Annual report of the Imperial Bacteriological Laboratory, Muktesar
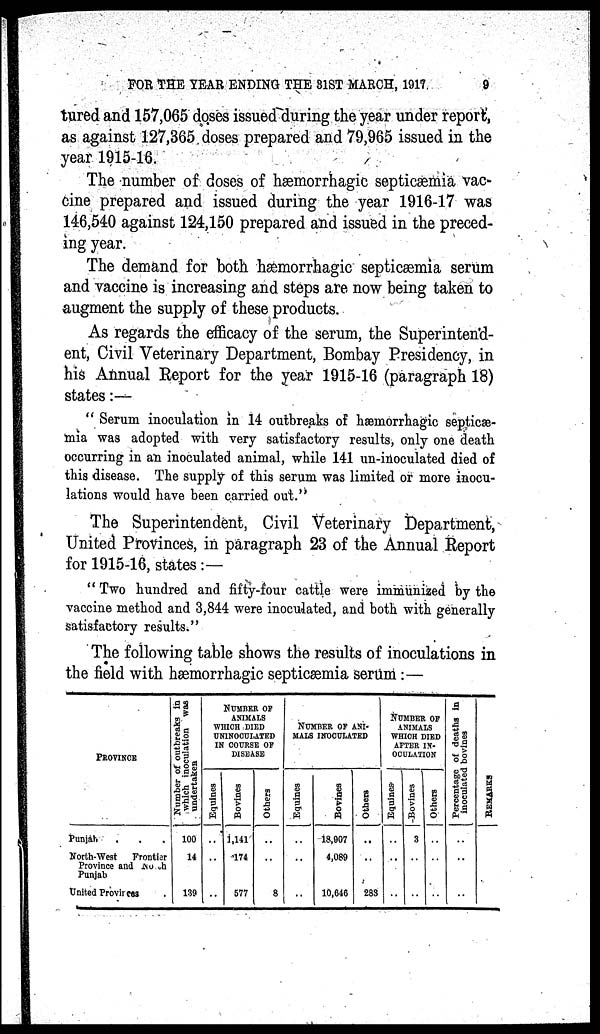
FOR THE YEAR ENDING THE 31ST MARCH, 1917
9
tured and 157,065 doses issued during the year under report,
as against 127,365 doses prepared and 79,965 issued in the
year 1915-16.
The number of doses of hæmorrhagic septicæmia vac-
cine prepared and issued during the year 1916-17 was
146,540 against 124,150 prepared and issued in the preced-
ing year.
The demand for both hæmorrhagic septicæmia serum
and vaccine is increasing and steps are now being taken to
augment the supply of these products.
As regards the efficacy of the serum, the Superintend-
ent, Civil Veterinary Department, Bombay Presidency, in
his Annual Report for the year 1915-16 (paragraph 18)
states:—
" Serum inoculation in 14 outbreaks of hæmorrhagic septicæ-
mia was adopted with very satisfactory results, only one death
occurring in an inoculated animal, while 141 un-inoculated died of
this disease. The supply of this serum was limited or more inocu-
lations would have been carried out."
The Superintendent, Civil Veterinary Department,
United Provinces, in paragraph 23 of the Annual Report
for 1915-16, states :—
" Two hundred and fifty-four cattle were immunized by the
vaccine method and 3,844 were inoculated, and both with generally
satisfactory results."
The following table shows the results of inoculations in
the field with hæmorrhagic septicæmia serum:—
PROVINCE
Punjab
North-West
Frontier
Province and and North
Punjab
United Provinces
Number of outbreaks in
which inoculation was
undertaken
100
14
139
NUMBER OF
ANIMALS
WHICH DIED
UNINOCULATED
IN COURSE OF
DISEASE
Equines
..
..
Bovines
1,141
174
577
Others
..
..
8
NUMBER OF ANI¬
MALS INOCULATED
Equines
..
..
..
Others
18,907
4,089
10,646
Others
..
..
283
NUMBER OF
ANIMALS
WHICH DIED
AFTER IN-
OCULATION
Equines
..
..
..
Bovines
3
..
..
Others
..
..
..
Percentage of deaths to
inoculated bovines
..
..
..
REMARKS